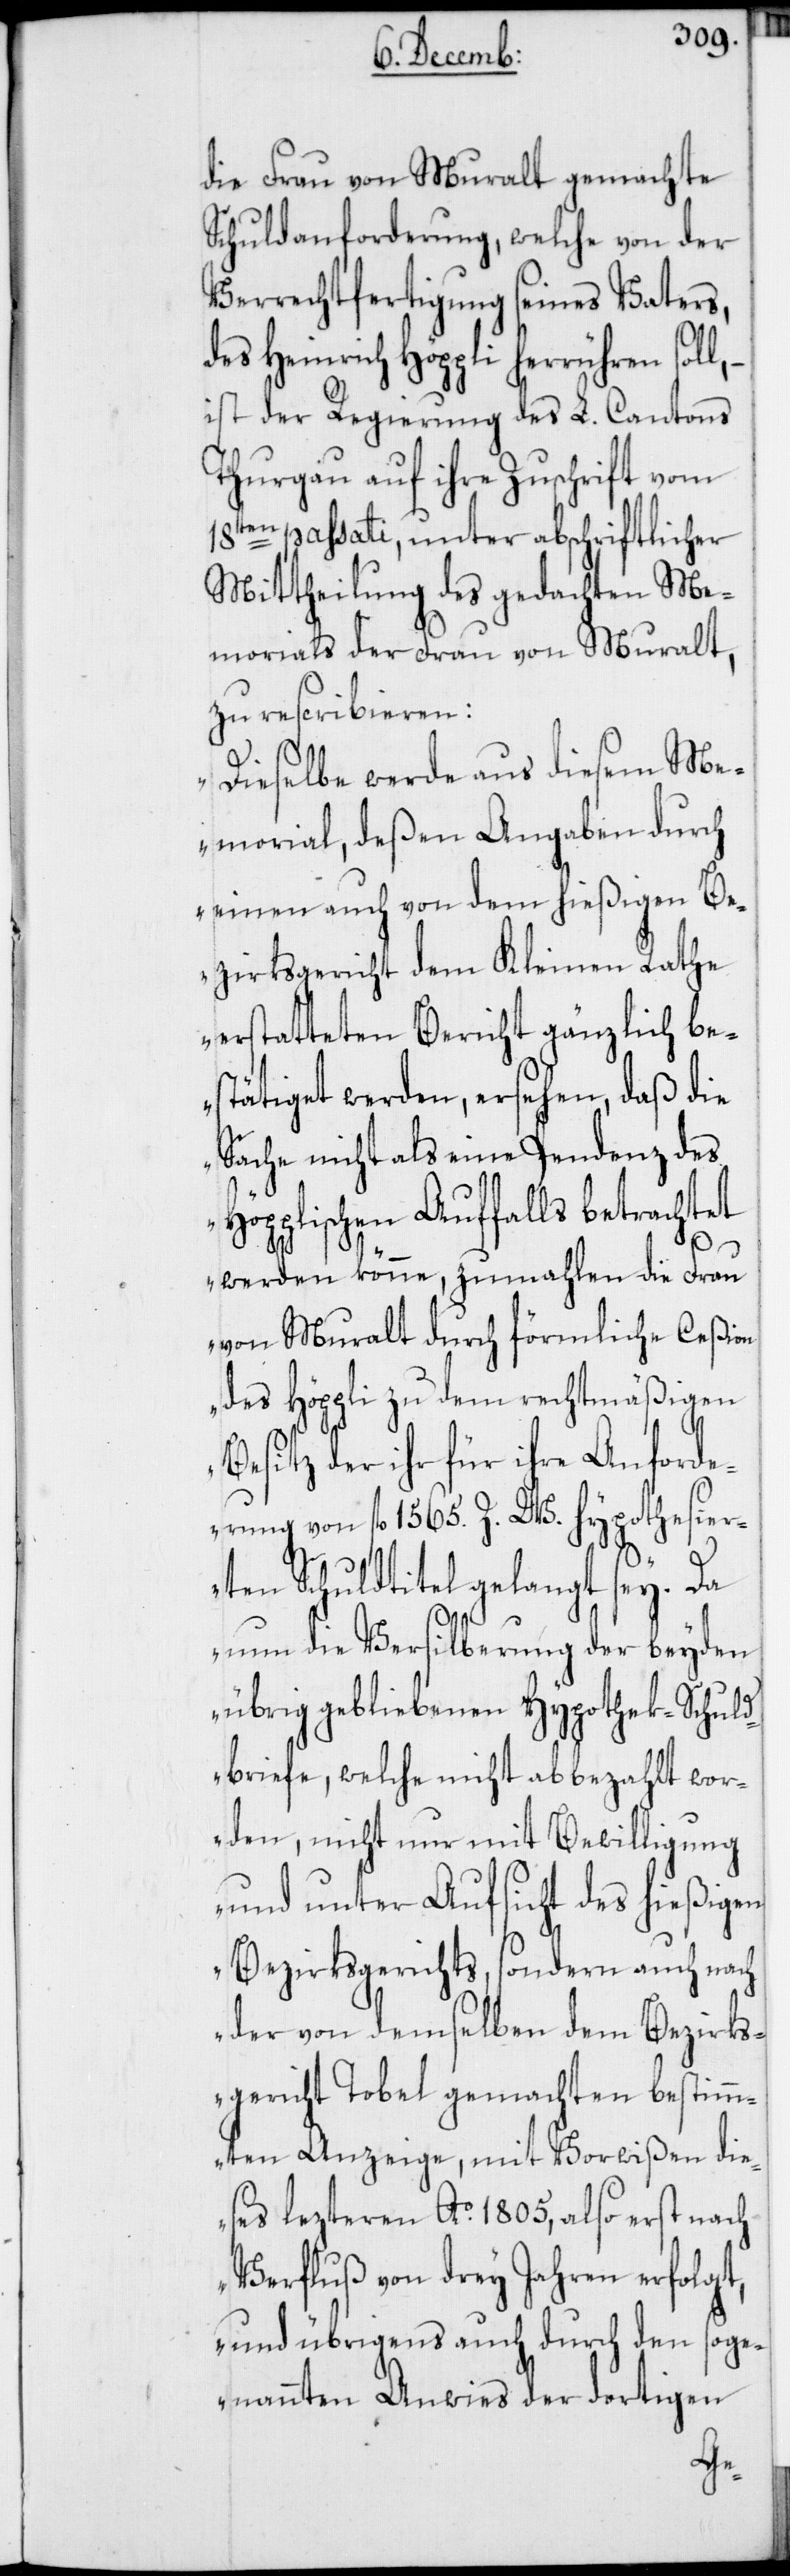
die Frau von Muralt gemachte
Schuldanforderung, welche von der
Verrechtfertigung seines Vaters,
des Heinrich Höppli herrühren soll,
ist der Regierung des L. Cantons
Thurgau auf ihre Zuschrift vom
en passati, unter abschriftlicher
Mittheilung des gedachten Me¬
morials der Frau von Muralt,
zu rescribieren:
18t¬
„Dieselbe werde aus diesem Me¬
morial, deßen Angaben durch
einen auch von dem hießigen B¬
ezirksgericht dem Kleinen Rathe
erstatteten Bericht gänzlich be¬
stätiget werden, ersehen, daß die
Sache nicht als eine Pendenz des
Höpplischen Auffalls betrachtet
werden könne, zumahlen die Frau
von Muralt durch förmliche Ceßion
des Höppli zu dem rechtmäßigen
Besitz der ihr für ihre Anford¬
erung von fl. 1565. Z. W. hypothesier¬
ten Schuldtitel gelangt sey. Da
nun die Versilberung der beyden
übrig gebliebenen Hypothek-Schuld¬
briefe, welche nicht abbezahlt wor¬
den, nicht nur mit Bewilligung
und unter Aufsicht des hießigen
Bezirksgerichts, sondern auch nach
der von demselben dem Bezirks¬
gericht Tobel gemachten bestimm¬
ten Anzeige, mit Vorwißen die¬
ses lezteren Ao. 1805, also erst nach
Verfluß von drey Jahren erfolgt,
und übrigens auch durch den soge¬
nannten Anwies der dortigen